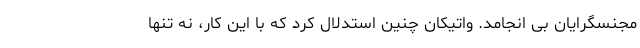
مجنسگرایان بی انجامد. واتیکان چنین استدلال کرد که با این کار، نه تنها